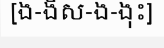
[ង-ងិស-ង-ងុះ]